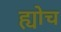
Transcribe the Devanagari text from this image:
ह्योच